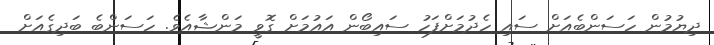
ދިޔުމުން ހަސަންބެއަށް ސައި ހެދުމަށްފަހު ސައިބޯން އައުމަށް ގޮވީ މަންޝާއެވެ. ހަސަންބެ ބަދިގެއަށް